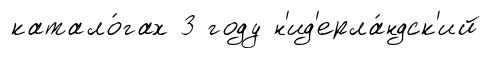
катало́гах 3 году н'ид'ерла́ндск'ий